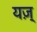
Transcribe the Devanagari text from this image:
यज़्